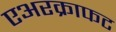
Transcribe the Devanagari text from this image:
एअरक्राफट